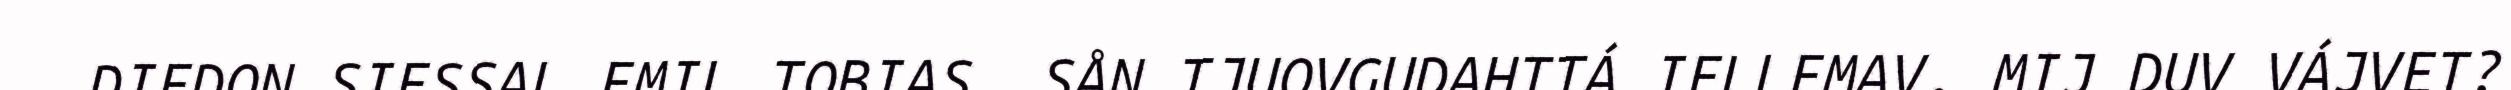
DIEDON SIESSAL EMIL TOBIAS. SÅN TJUOVGUDAHTTÁ IELLEMAV. MIJ DUV VÁJVET?